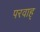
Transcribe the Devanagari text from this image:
परवाह्